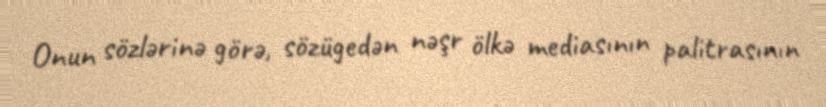
Onun sözlərinə görə, sözügedən nəşr ölkə mediasının palitrasının